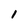
Character: l